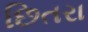
છિતરા